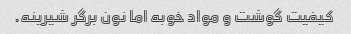
کیفیت گوشت و مواد خوبه اما نون برگر شیرینه.